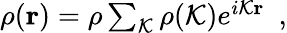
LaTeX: \begin{array}{r}{\rho({\mathbf r})=\rho\sum_{\cal K}\rho({\cal K})e^{i{\cal K}{\mathbf r}}~~,}\end{array}